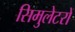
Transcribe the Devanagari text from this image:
सिमुलेटरों